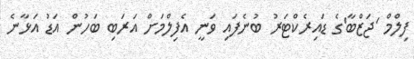
ފިލްމް 'ޖަޒްބާ'ގެ ޑައިރެކްޓަރު ބުނެފައި ވަނީ އެފިލްމަށް އަރަބި ބަހުން އަޑު އަޅާނެ